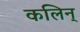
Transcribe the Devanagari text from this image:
कलिन्